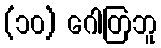
(၁၀) ဂေါတြဘူ